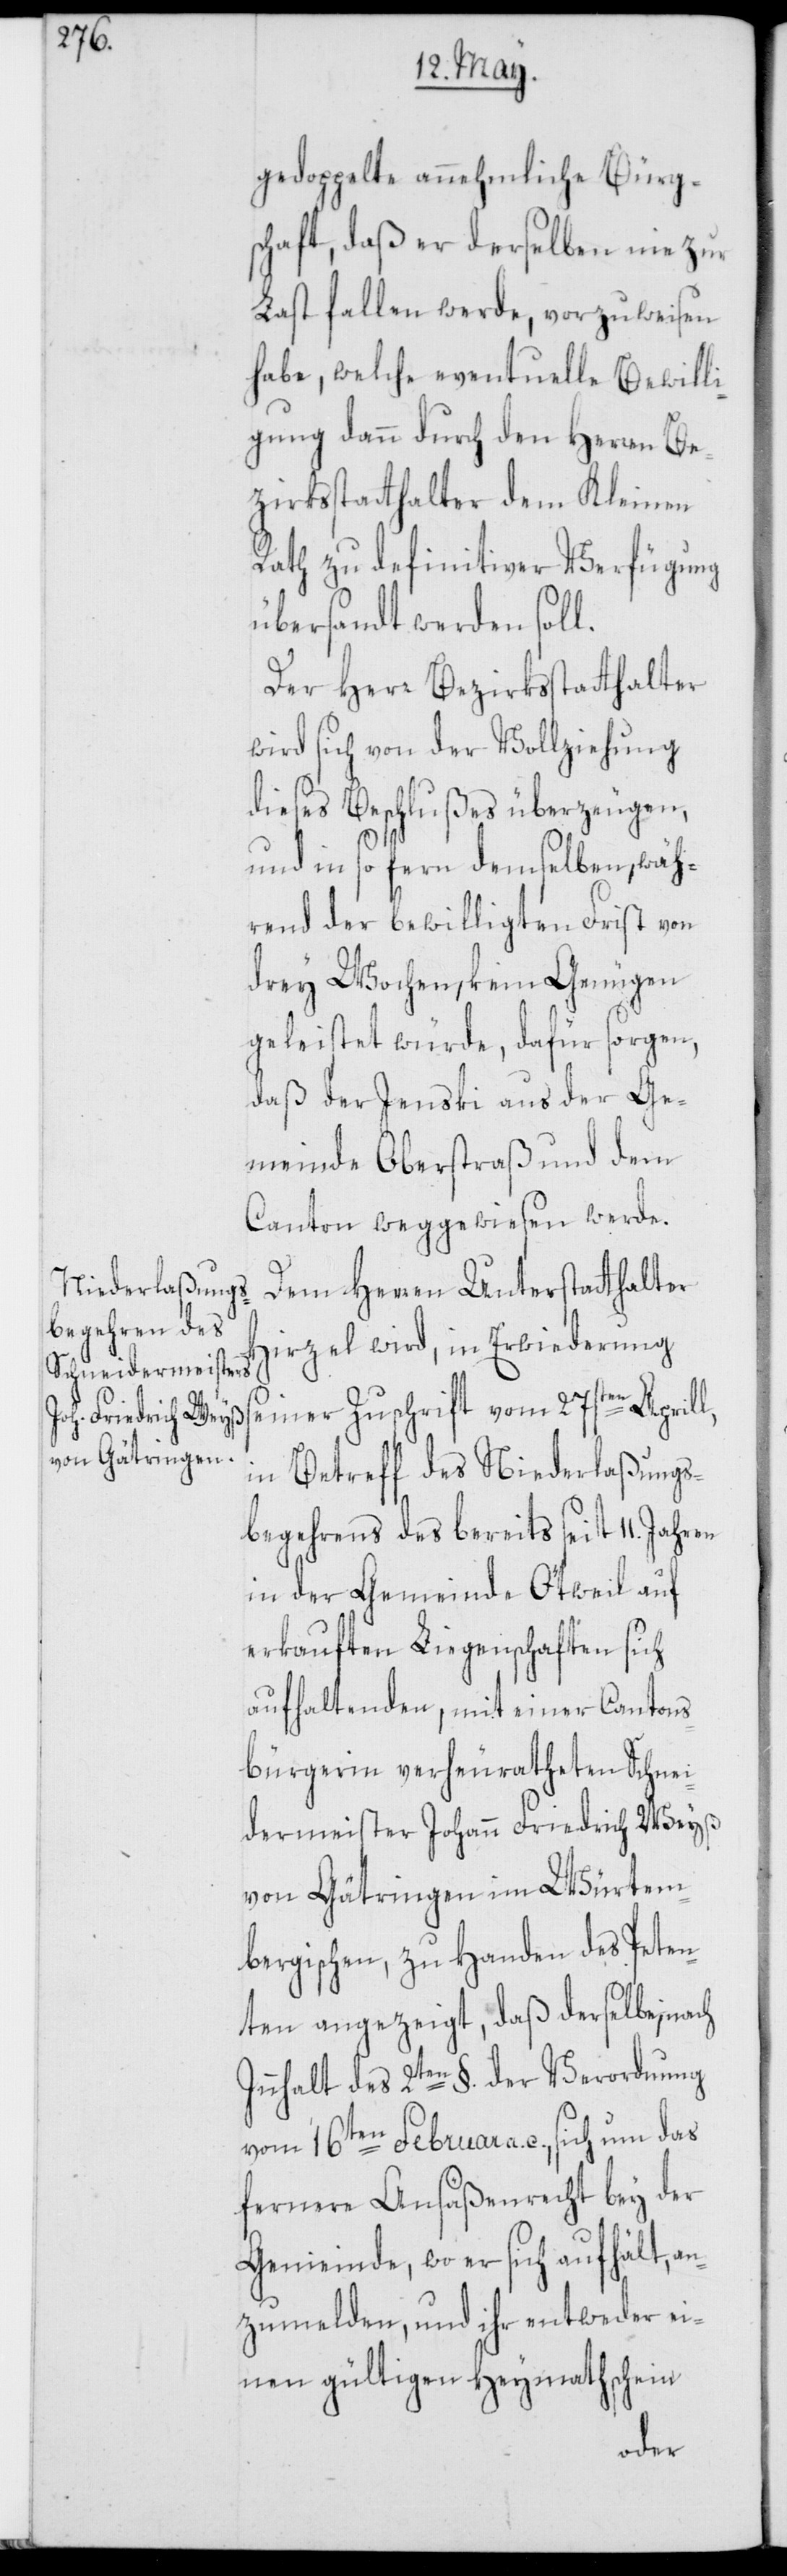
gedoppelte annehmliche Bürg¬
schaft, daß er derselben nie zur
Last fallen werde, vorzuweisen
habe, welche eventuelle Bewill¬
igung dann durch den Herren Be¬
zirksstatthalter dem Kleinen
Rath zu definitiver Verfügung
übersandt werden soll.
Der Herr Bezirksstatthalter
wird sich von der Vollziehung
dieses Beschlußes überzeugen,
und in so fern demselben, wäh¬
rend der bewilligten Frist von
drey Wochen, kein Genügen
geleistet würde, dafür sorgen,
daß der Jenski aus der Ge¬
meinde Oberstraß und dem
Canton weggewiesen werde.
Dem Herren Unterstatthalter
Hirzel wird, in Erwiederung
seiner Zuschrift vom 27sten Aprill,
in Betreff des Niederlaßungs¬
begehrens des bereits seit 11. Jahren
in der Gemeinde Ötweil auf
erkauften Liegenschaften sich
aufhaltenden, mit einer Cantons¬
bürgerin verheuratheten Schnei¬
dermeister Johann Friedrich Weyß
von Gätringen im Würtem¬
bergischen, zu Handen des Peten¬
ten angezeigt, daß derselbe, nach
Innhalt des 2ten §. der Verordnung
vom 16ten Februar a. c., sich um das
fernere Ansäßenrecht bey der
Gemeinde, wo er sich aufhält, an¬
zumelden, und ihr entweder ei¬
nen gültigen Heymathschein